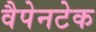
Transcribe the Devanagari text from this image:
वैपेनटेक